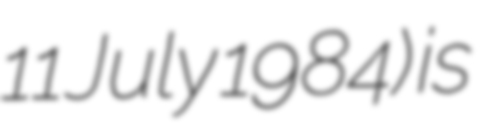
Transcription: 11 July 1984) is